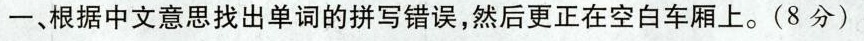
─、根据中文意思找出单词的拼写错误，然后更正在空白车厢上。(8分)